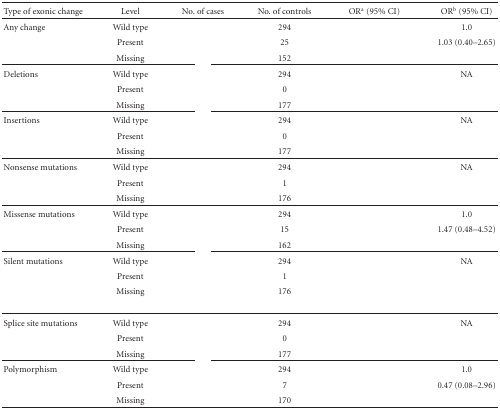
<table><thead><tr><td><b>Type of exonic change</b></td><td><b> Level</b></td><td><b> No. of cases</b></td><td><b> No. of controls</b></td><td><b> OR<sup>a</sup> (95% CI)</b></td><td><b> OR<sup>b</sup> (95% CI)</b></td></tr></thead><tbody><tr><td>Any change</td><td> Wild type</td><td>[EMPTY_CELL]</td><td>294</td><td>[EMPTY_CELL]</td><td>1.0</td></tr><tr><td>[EMPTY_CELL]</td><td> Present</td><td>[EMPTY_CELL]</td><td>25</td><td>[EMPTY_CELL]</td><td> 1.03 (0.40–2.65)</td></tr><tr><td>[EMPTY_CELL]</td><td> Missing</td><td>[EMPTY_CELL]</td><td>152</td><td>[EMPTY_CELL]</td><td>[EMPTY_CELL]</td></tr><tr><td>Deletions</td><td> Wild type</td><td>[EMPTY_CELL]</td><td>294</td><td>[EMPTY_CELL]</td><td> NA</td></tr><tr><td>[EMPTY_CELL]</td><td> Present</td><td>[EMPTY_CELL]</td><td>0</td><td>[EMPTY_CELL]</td><td>[EMPTY_CELL]</td></tr><tr><td>[EMPTY_CELL]</td><td> Missing</td><td>[EMPTY_CELL]</td><td>177</td><td>[EMPTY_CELL]</td><td>[EMPTY_CELL]</td></tr><tr><td>Insertions</td><td> Wild type</td><td>[EMPTY_CELL]</td><td>294</td><td>[EMPTY_CELL]</td><td> NA</td></tr><tr><td>[EMPTY_CELL]</td><td> Present</td><td>[EMPTY_CELL]</td><td>0</td><td>[EMPTY_CELL]</td><td>[EMPTY_CELL]</td></tr><tr><td>[EMPTY_CELL]</td><td> Missing</td><td>[EMPTY_CELL]</td><td>177</td><td>[EMPTY_CELL]</td><td>[EMPTY_CELL]</td></tr><tr><td>Nonsense mutations</td><td> Wild type</td><td>[EMPTY_CELL]</td><td>294</td><td>[EMPTY_CELL]</td><td> NA</td></tr><tr><td>[EMPTY_CELL]</td><td> Present</td><td>[EMPTY_CELL]</td><td>1</td><td>[EMPTY_CELL]</td><td>[EMPTY_CELL]</td></tr><tr><td>[EMPTY_CELL]</td><td> Missing</td><td>[EMPTY_CELL]</td><td>176</td><td>[EMPTY_CELL]</td><td>[EMPTY_CELL]</td></tr><tr><td>Missense mutations</td><td> Wild type</td><td>[EMPTY_CELL]</td><td>294</td><td>[EMPTY_CELL]</td><td>1.0</td></tr><tr><td>[EMPTY_CELL]</td><td> Present</td><td>[EMPTY_CELL]</td><td>15</td><td>[EMPTY_CELL]</td><td> 1.47 (0.48–4.52)</td></tr><tr><td>[EMPTY_CELL]</td><td> Missing</td><td>[EMPTY_CELL]</td><td>162</td><td>[EMPTY_CELL]</td><td>[EMPTY_CELL]</td></tr><tr><td>Silent mutations</td><td> Wild type</td><td>[EMPTY_CELL]</td><td>294</td><td>[EMPTY_CELL]</td><td> NA</td></tr><tr><td>[EMPTY_CELL]</td><td> Present</td><td>[EMPTY_CELL]</td><td>1</td><td>[EMPTY_CELL]</td><td>[EMPTY_CELL]</td></tr><tr><td>[EMPTY_CELL]</td><td> Missing</td><td>[EMPTY_CELL]</td><td>176</td><td>[EMPTY_CELL]</td><td>[EMPTY_CELL]</td></tr><tr><td>Splice site mutations</td><td> Wild type</td><td>[EMPTY_CELL]</td><td>294</td><td>[EMPTY_CELL]</td><td> NA</td></tr><tr><td>[EMPTY_CELL]</td><td> Present</td><td>[EMPTY_CELL]</td><td>0</td><td>[EMPTY_CELL]</td><td>[EMPTY_CELL]</td></tr><tr><td>[EMPTY_CELL]</td><td> Missing</td><td>[EMPTY_CELL]</td><td>177</td><td>[EMPTY_CELL]</td><td>[EMPTY_CELL]</td></tr><tr><td>Polymorphism</td><td> Wild type</td><td>[EMPTY_CELL]</td><td>294</td><td>[EMPTY_CELL]</td><td>1.0</td></tr><tr><td>[EMPTY_CELL]</td><td> Present</td><td>[EMPTY_CELL]</td><td>7</td><td>[EMPTY_CELL]</td><td> 0.47 (0.08–2.96)</td></tr><tr><td>[EMPTY_CELL]</td><td> Missing</td><td>[EMPTY_CELL]</td><td>170</td><td>[EMPTY_CELL]</td><td>[EMPTY_CELL]</td></tr></tbody></table>